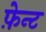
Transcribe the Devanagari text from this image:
फ़ेन्ट